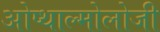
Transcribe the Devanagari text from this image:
ओप्थाल्मोलोजी